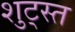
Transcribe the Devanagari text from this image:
शुट्स्त